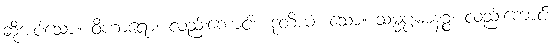
ဆိုအပ်သော။ ဝိဟာရော၊ လည်းကောင်း။ ဒုတိယံ၊ သော။ သမ္မပ္ပဓာနဉ္စ၊ လည်းကောင်း။